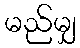
မည်မျှ